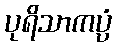
ပုရိသာကပ္ပံ